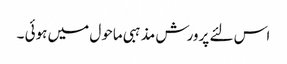
اس لئے پرورش مذہبی ماحول میں ہوئی ۔